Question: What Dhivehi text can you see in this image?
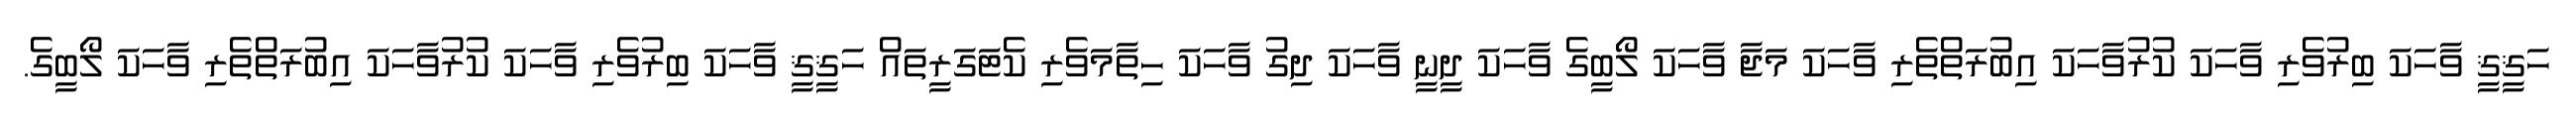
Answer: ހަޤީޤީ ވާހަކަ ބިރުވެރި ވާހަކަ ކުރުވާހަކަ އިބުރަތްތެރި ވާހަކަ މަޖާ ވާހަކަ ލޯބީގެ ވާހަކަ ދީނީ ވާހަކަ ދިގު ވާހަކަ ހިތާމަވެރި ކެޓަގަރީތައް ހަޤީޤީ ވާހަކަ ބިރުވެރި ވާހަކަ ކުރުވާހަކަ އިބުރަތްތެރި ވާހަކަ ލޯބީގެ.